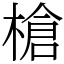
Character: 槍